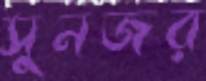
সুনজর